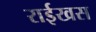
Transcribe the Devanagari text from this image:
राईखस